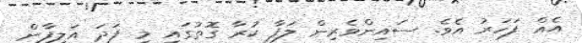
އެއް ފަހަރު އެވެ. ސައިންވެރިން ލަފާ ކުރާ ގޮތުގައި މި ފަދަ އަލިފާން